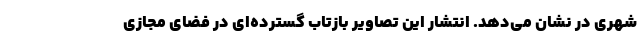
شهری در نشان می‌دهد. انتشار این تصاویر بازتاب گسترده‌ای در فضای مجازی